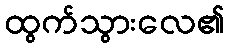
ထွက်သွားလေ၏